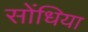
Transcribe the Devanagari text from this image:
सोंधिया